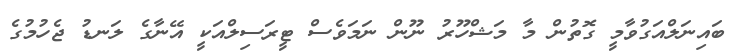
ބައިނަލްއަގުވާމީ ގޮތުން މާ މަޝްހޫރު ނޫން ނަމަވެސް ޓީރަސިލްއަކީ އޭނާގެ ލަނޑު ޖެހުމުގެ